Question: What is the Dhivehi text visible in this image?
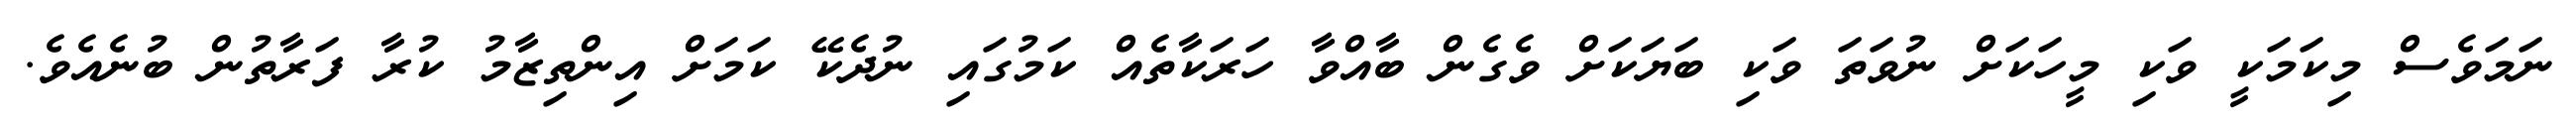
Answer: ނަމަވެސް މިކަމަކީ ވަކި މީހަކަށް ނުވަތަ ވަކި ބަޔަކަށް ވެގެން ބާއްވާ ހަރަކާތެއް ކަމުގައި ނުދެކޭ ކަމަށް އިންތިޒާމު ކުރާ ފަރާތުން ބުނެއެވެ.